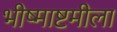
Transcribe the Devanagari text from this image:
भीष्माष्टमीला